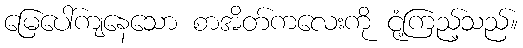
မြေပေါ်ကျနေသော စာအိတ်ကလေးကို ငုံ့ကြည့်သည်။